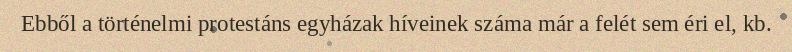
Ebből a történelmi protestáns egyházak híveinek száma már a felét sem éri el, kb.